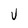
Character: V